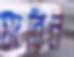
যারিন